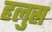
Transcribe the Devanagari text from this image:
हलुस्र